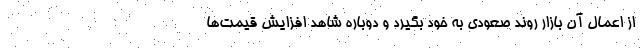
از اعمال آن بازار روند صعودی به خود بگیرد و دوباره شاهد افزایش قیمت‌ها